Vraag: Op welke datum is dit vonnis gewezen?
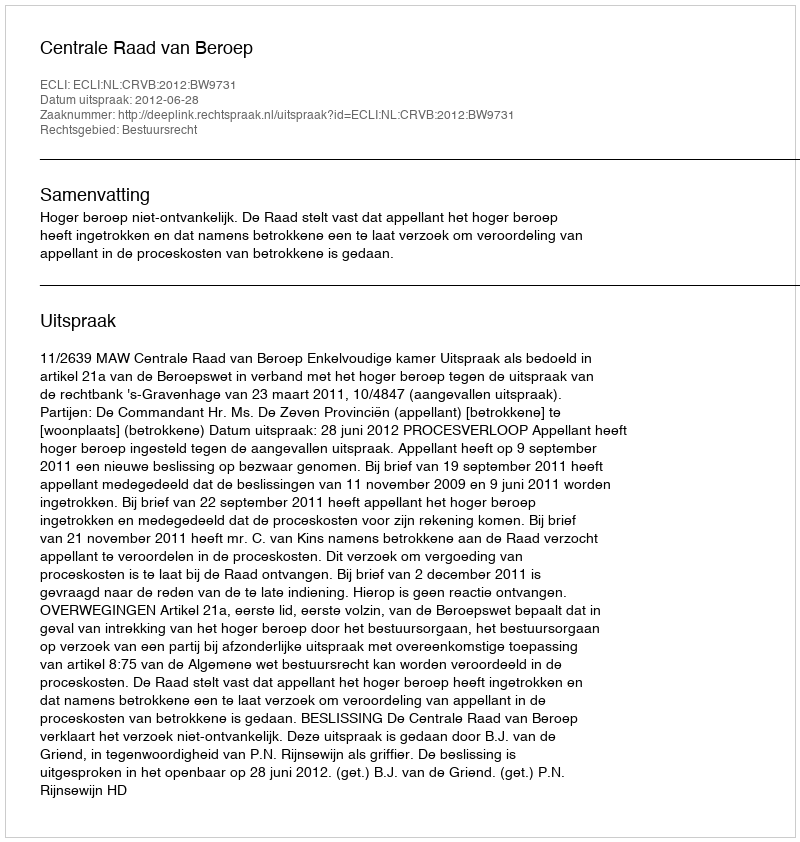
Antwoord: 2012-06-28